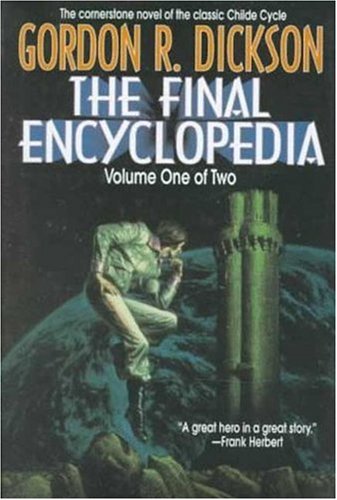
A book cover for The Final Encyclopedia, Volume One of Two; Gordon R. Dickson; Reference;